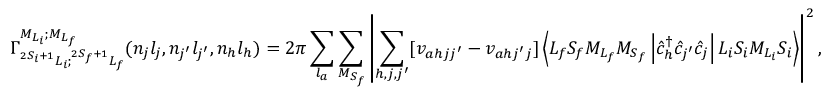
{ \Gamma } _ { ^ { 2 S _ { i } + 1 } L _ { i } ; ^ { 2 S _ { f } + 1 } L _ { f } } ^ { { M } _ { { L } _ { i } } ; { M } _ { { L } _ { f } } } ( n _ { j } l _ { j } , n _ { j ^ { \prime } } l _ { j ^ { \prime } } , n _ { h } l _ { h } ) = 2 \pi \sum _ { l _ { a } } \sum _ { M _ { S _ { f } } } \left\vert \sum _ { h , j , j ^ { \prime } } \lbrack { v } _ { a h j j ^ { \prime } } - { v } _ { a h j ^ { \prime } j } \rbrack \ensuremath { \left\langle { L } _ { f } { S } _ { f } { M } _ { { L } _ { f } } { M } _ { { S } _ { f } } \left\lvert { \hat { c } } _ { h } ^ { \dagger } { \hat { c } } _ { j ^ { \prime } } { \hat { c } } _ { j } \right\rvert { L } _ { i } { S } _ { i } { M } _ { { L } _ { i } } { S } _ { i } \right\rangle } \right\vert ^ { 2 } ,